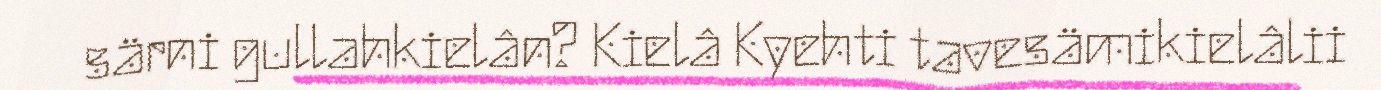
särni gullahkielân? Kielâ Kyehti tavesämikielâlii